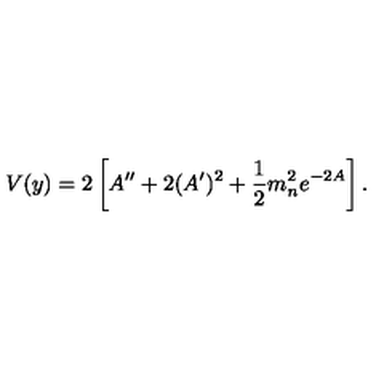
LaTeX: V ( y ) = 2 \left[ A ^ { \prime \prime } + 2 ( A ^ { \prime } ) ^ { 2 } + { \frac { 1 } { 2 } } m _ { n } ^ { 2 } e ^ { - 2 A } \right] .